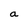
Character: a